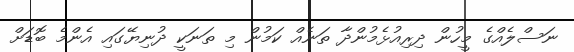
ނަސްލެއްގެ މީހުން ދިރިއުޅެމުންދާ ތަނެއް ކަމުން މި ތަނަކީ ދުނިޔޭގައި އެންމެ ބޮޑަށް